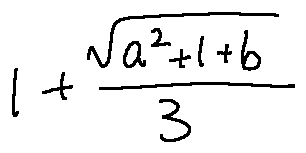
1 + \frac { \sqrt { a ^ { 2 } + 1 + b } } { 3 }